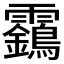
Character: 靎